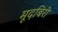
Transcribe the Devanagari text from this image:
मूदबिरी